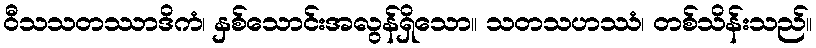
ဝီသသတဿာဒိကံ၊ နှစ်သောင်းအလွန်ရှိသော။ သတသဟဿံ၊ တစ်သိန်းသည်။